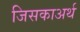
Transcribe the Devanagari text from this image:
जिसकाअर्थ